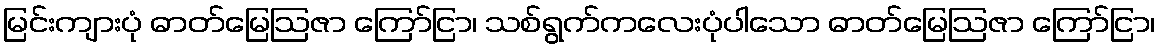
မြင်းကျားပုံ ဓာတ်မြေဩဇာ ကြော်ငြာ၊ သစ်ရွက်ကလေးပုံပါသော ဓာတ်မြေဩဇာ ကြော်ငြာ၊